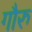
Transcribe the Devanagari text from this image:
गौरु